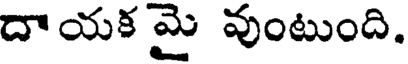
దాయక మై వుంటుంది.